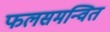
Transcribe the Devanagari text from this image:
फलसमन्वित